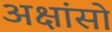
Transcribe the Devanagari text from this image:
अक्षांसो